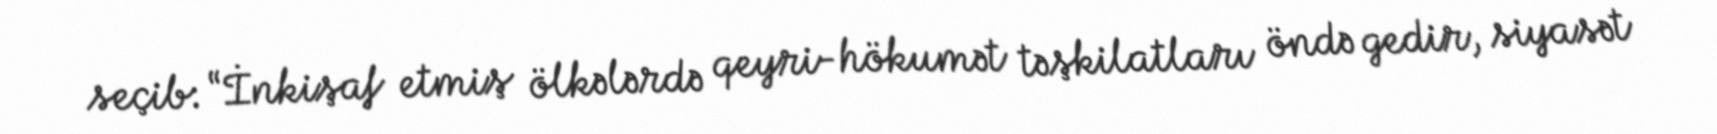
seçib: “İnkişaf etmiş ölkələrdə qeyri-hökumət təşkilatları öndə gedir, siyasət